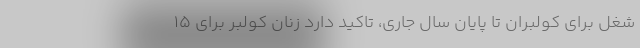
شغل براي كولبران تا پايان سال جاري، تاكيد دارد زنان كولبر براي 15